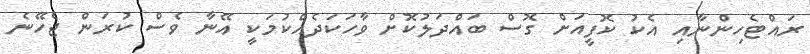
ރައްޓެހިންނާއި އެކު ކޮފީއަށް ގޮސް ބައްދަލުކޮށް ވާހަކަދެއްކުމަކީ އޭނާ ވެސް ކުރަން ޖެހޭނެ